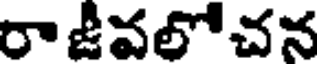
రాజీవలోచన